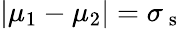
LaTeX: |\mu_{1}-\mu_{2}|=\sigma_{\mathrm{~s~}}